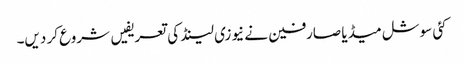
کئی سوشل میڈیا صارفین نے نیوزی لینڈ کی تعریفیں شروع کر دیں۔